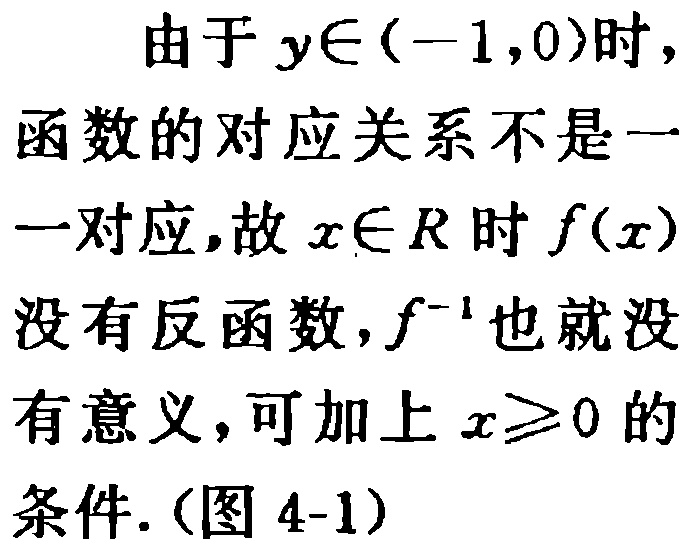
由于 \(y\in(-1,0)\) 时，函数的对应关系不是一一对应，故 \(x\in R\) 时 \(f(x)\) 没有反函数，\(f^{-1}\) 也就没有意义，可加上 \(x\geqslant0\) 的条件.（图 4-1）